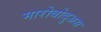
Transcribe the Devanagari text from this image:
मारोबोदुअस